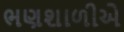
ભણશાળીએ